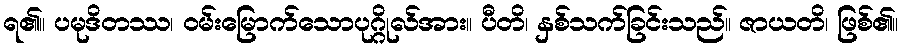
ရ၏။ ပမုဒိတဿ၊ ဝမ်းမြောက်သောပုဂ္ဂိုလ်အား။ ပီတိ၊ နှစ်သက်ခြင်းသည်။ ဇာယတိ၊ ဖြစ်၏။